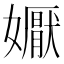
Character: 𭒦